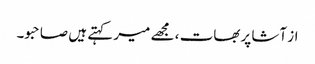
از آشا پربھات ، مجھے میر کہتے ہیں صاحبو۔